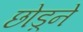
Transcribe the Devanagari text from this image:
छोड़्ने